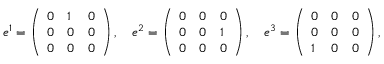
e ^ { 1 } = \left( \begin{array} { l l l } { 0 } & { 1 } & { 0 } \\ { 0 } & { 0 } & { 0 } \\ { 0 } & { 0 } & { 0 } \end{array} \right) , \quad e ^ { 2 } = \left( \begin{array} { l l l } { 0 } & { 0 } & { 0 } \\ { 0 } & { 0 } & { 1 } \\ { 0 } & { 0 } & { 0 } \end{array} \right) , \quad e ^ { 3 } = \left( \begin{array} { l l l } { 0 } & { 0 } & { 0 } \\ { 0 } & { 0 } & { 0 } \\ { 1 } & { 0 } & { 0 } \end{array} \right) ,